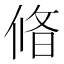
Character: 㫦